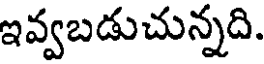
ఇవ్వబడుచున్నది.